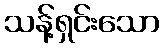
သန့်ရှင်းသော